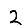
Digit: 2